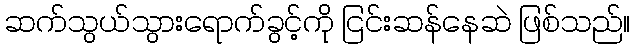
ဆက်သွယ်သွားရောက်ခွင့်ကို ငြင်းဆန်နေဆဲ ဖြစ်သည်။